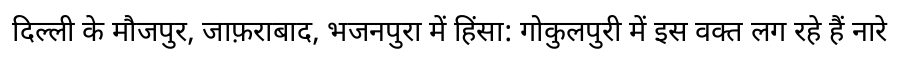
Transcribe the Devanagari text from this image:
दिल्ली के मौजपुर, जाफ़राबाद, भजनपुरा में हिंसा: गोकुलपुरी में इस वक्त लग रहे हैं नारे